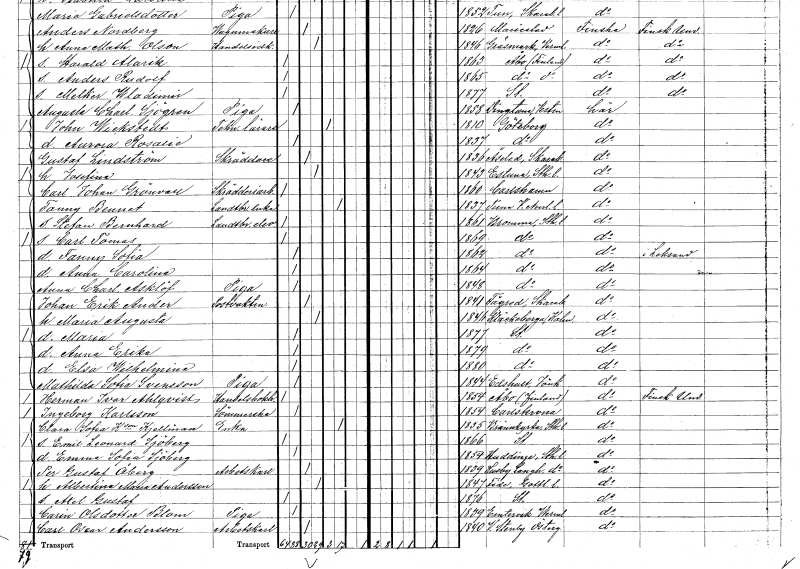
gt_parse: households: individuals: FN: Fanny
EN: Bennet
YRKE: Lantbrukareänka
KON: K
CIV: E
FODAR: 1837
FODFORS: Tuna Västernorrlands län
FN: Stefan Bernhard
YRKE: Lantbrukselev
KON: M
CIV: O
FODAR: 1861
FODFORS: Bromma Stockholms län
FN: Carl Tomas
KON: M
CIV: O
FODAR: 1869
FODFORS: Bromma Stockholms län
FN: Fanny Sofia
KON: K
CIV: O
FODAR: 1862
FODFORS: Bromma Stockholms län
FN: Anna Carolina
KON: K
CIV: O
FODAR: 1864
FODFORS: Bromma Stockholms län
FN: Anna Charlotta
EN: Asklöf
YRKE: Piga
KON: K
CIV: O
FODAR: 1848
FODFORS: Bromma Stockholms län
FN: Johan Erik
EN: Ander
YRKE: Postvaktmästare
KON: M
CIV: G
FODAR: 1841
FODFORS: Fägre Skaraborgs län
FN: Maria Augusta
KON: K
CIV: G
FODAR: 1846
FODFORS: Kläckeberga Kalmar län
FN: Maria
KON: K
CIV: O
FODAR: 1877
FODFORS: Stockholm
FN: Anna Erika
KON: K
CIV: O
FODAR: 1879
FODFORS: Stockholm
FN: Elsa Wilhelmina
KON: K
CIV: O
FODAR: 1880
FODFORS: Stockholm
FN: Mathilda Sofia
EN: Svensson
YRKE: Piga
KON: K
CIV: O
FODAR: 1844
FODFORS: Edshult Jönköpings län
FN: Herman Ivar
EN: Ahlqvist
YRKE: Handelsbokhållare
KON: M
CIV: O
FODAR: 1854
FN: Ingeborg
EN: Karlsson
YRKE: Sömmerska
KON: K
CIV: O
FODAR: 1854
FODFORS: Karlskrona Blekinge län
FN: Clara Sofia
EN: K:son Kjellman
YRKE: Änka
KON: K
CIV: E
FODAR: 1855
FODFORS: Brännkyrka Stockholms län
FN: Emil Leonard
EN: Sjöberg
KON: M
CIV: O
FODAR: 1866
FODFORS: Stockholm
FN: Emma Sofia
EN: Sjöberg
KON: K
CIV: O
FODAR: 1854
FODFORS: Huddinge Stockholms län
FN: Per Gustaf
EN: Åberg
YRKE: Arbetskarl
KON: M
CIV: G
FODAR: 1839
FODFORS: Husby-Långhundra Uppsala län
FN: Albertina Maria
EN: Andersson
KON: K
CIV: G
FODAR: 1847
FODFORS: Fide Gotlands län
FN: Axel Gustaf
KON: M
CIV: O
FODAR: 1876
FODFORS: Stockholm
FN: Carin
EN: Olsdotter Blom
YRKE: Piga
KON: K
CIV: O
FODAR: 1839
FODFORS: Ämtervik Värmlands län
FN: Carl Oscar
EN: Andersson
YRKE: Arbetskarl
KON: M
CIV: G
FODAR: 1840
FODFORS: Västra Stenby Östergötlands län